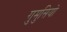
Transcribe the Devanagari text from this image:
गुमुसियो